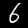
Label: 6